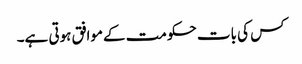
کس کی بات حکومت کےموافق ہوتی ہے۔